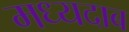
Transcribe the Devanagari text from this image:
मध्यदाब